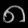
Digit: ၈